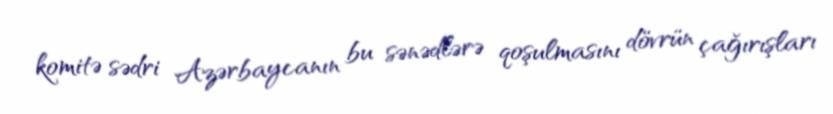
komitə sədri Azərbaycanın bu sənədlərə qoşulmasını dövrün çağırışları